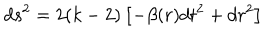
LaTeX: d s ^ { 2 } = 2 ( k - 2 ) \left[ - \beta ( r ) d t ^ { 2 } + d r ^ { 2 } \right]